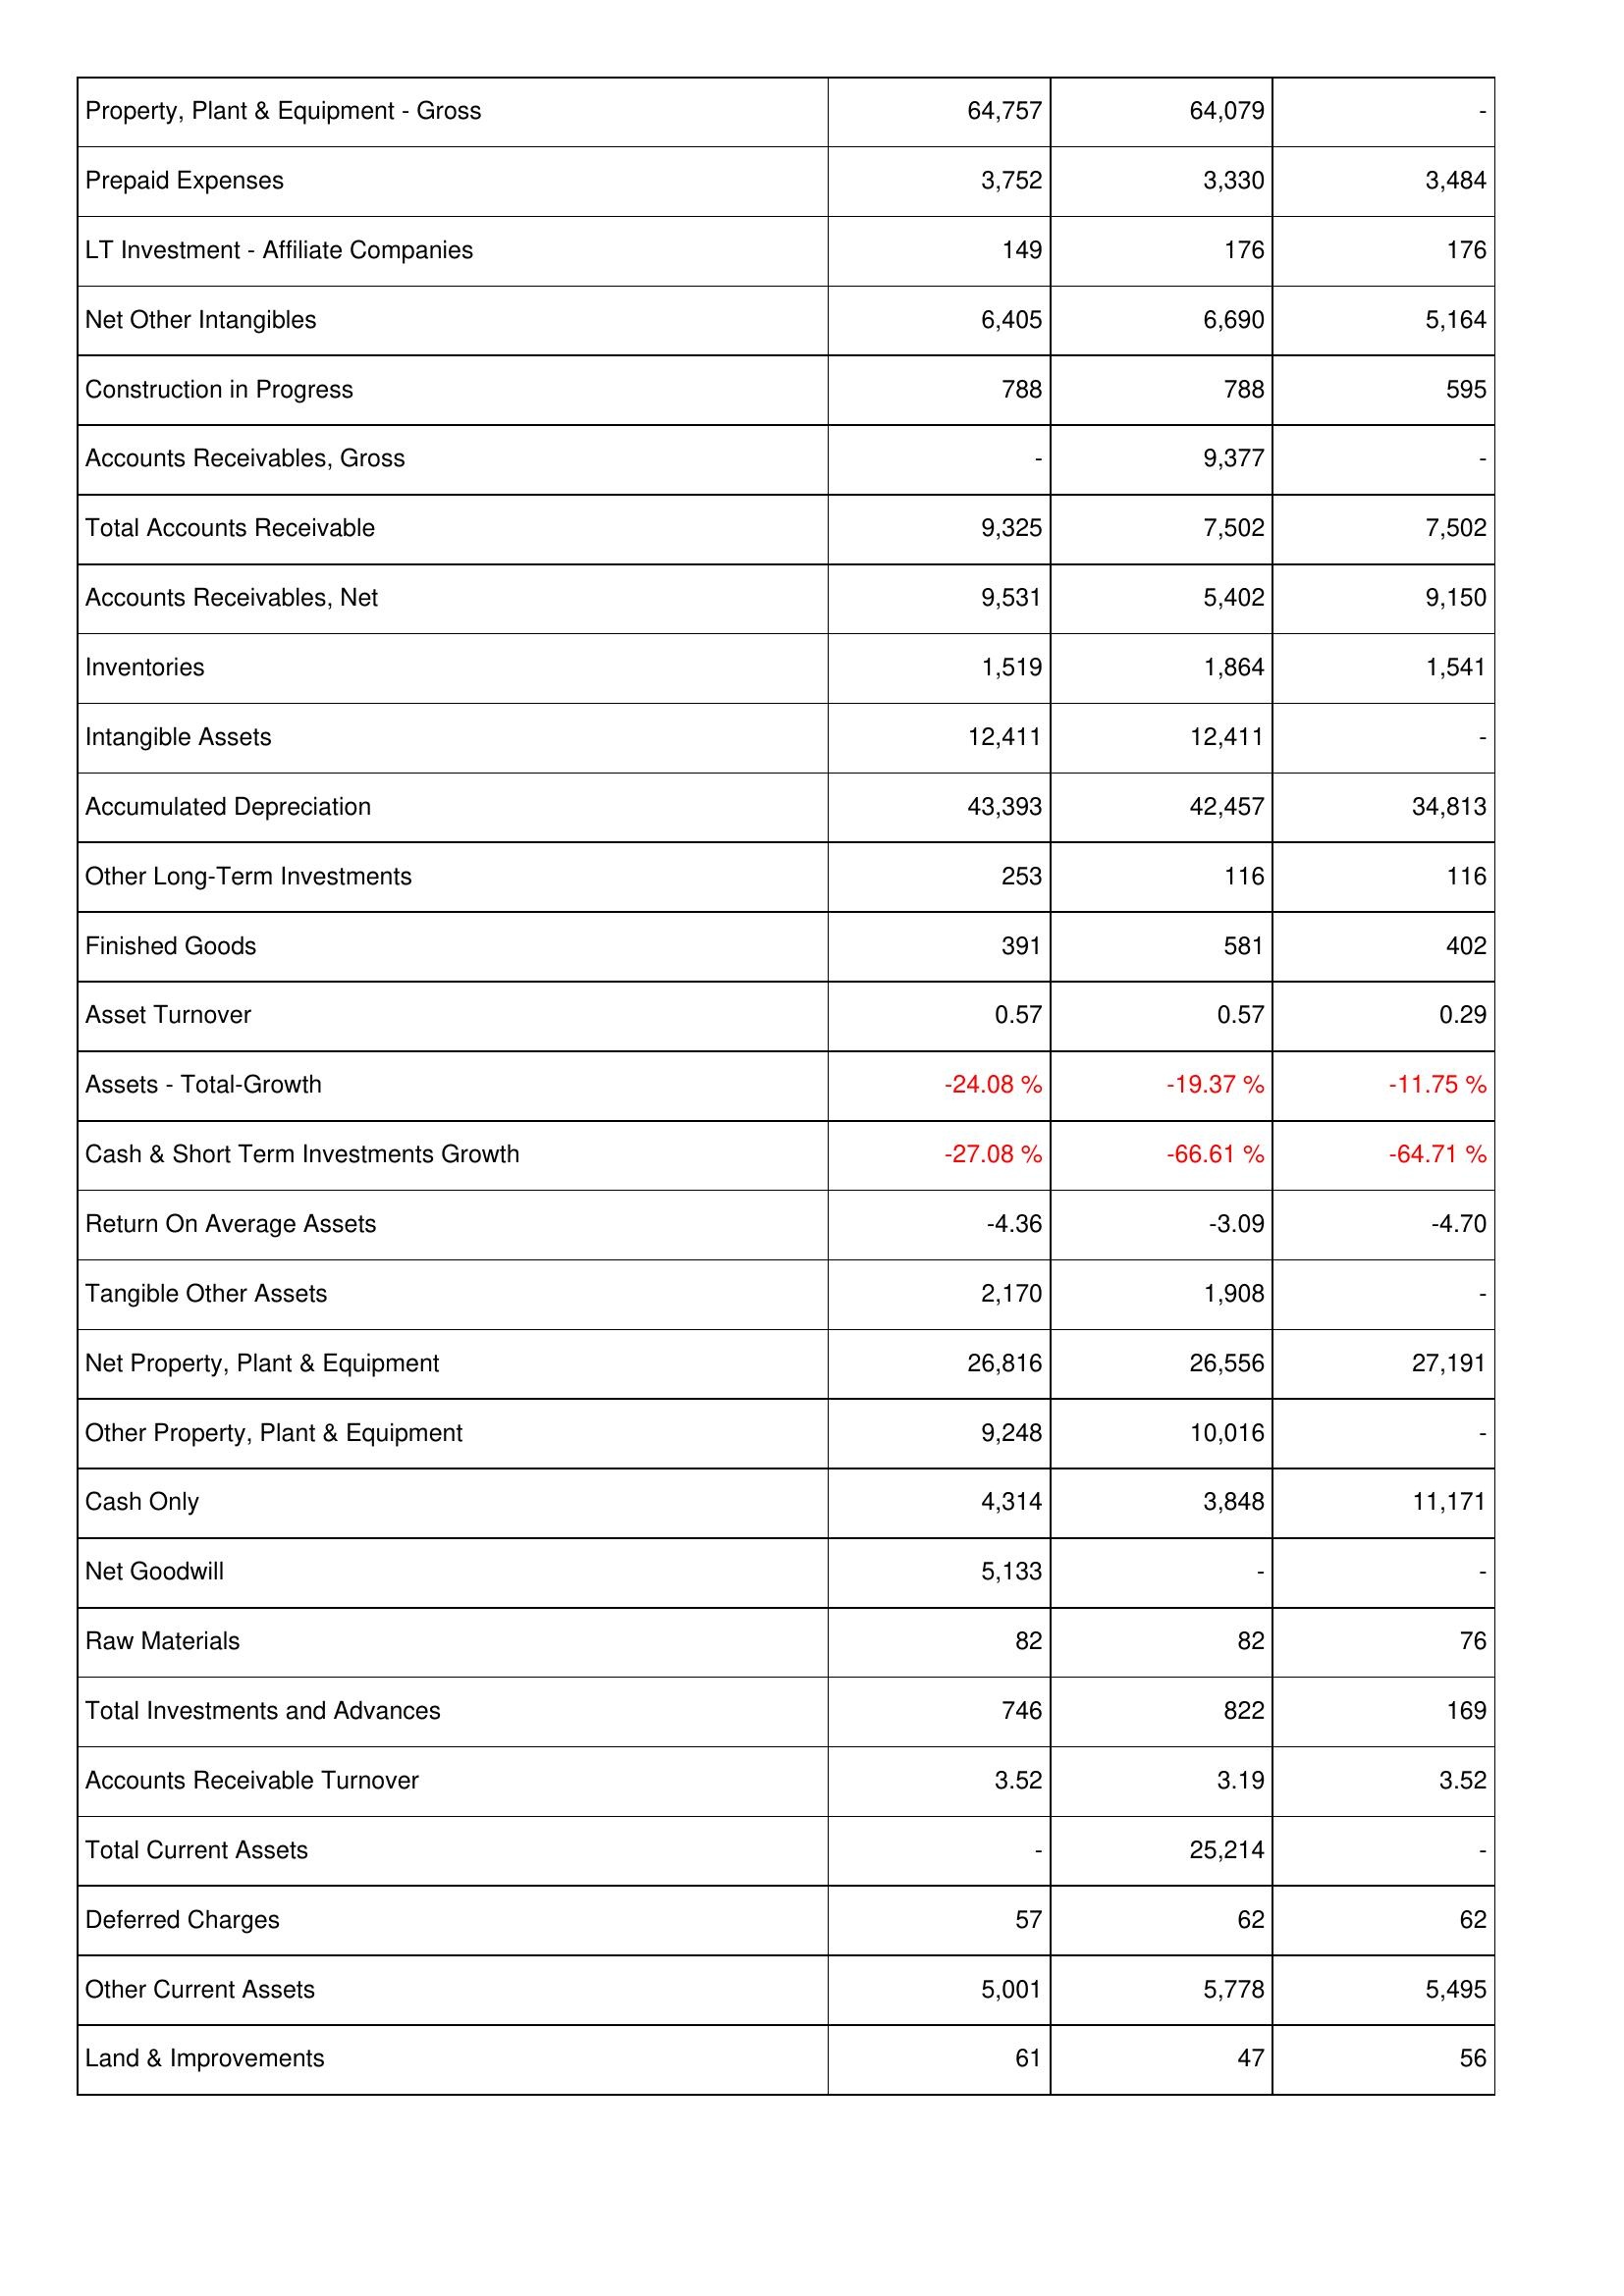
2014: Assets: Property, Plant & Equipment - Gross: 64,757
Prepaid Expenses: 3,752
LT Investment - Affiliate Companies: 149
Net Other Intangibles: 6,405
Construction in Progress: 788
Accounts Receivables, Gross: -
Total Accounts Receivable: 9,325
Accounts Receivables, Net: 9,531
Inventories: 1,519
Intangible Assets: 12,411
Accumulated Depreciation: 43,393
Other Long-Term Investments: 253
Finished Goods: 391
Asset Turnover: 0.57
Assets - Total-Growth: -24.08 %
Cash & Short Term Investments Growth: -27.08 %
Return On Average Assets: -4.36
Tangible Other Assets: 2,170
Net Property, Plant & Equipment: 26,816
Other Property, Plant & Equipment: 9,248
Cash Only: 4,314
Net Goodwill: 5,133
Raw Materials: 82
Total Investments and Advances: 746
Accounts Receivable Turnover: 3.52
Total Current Assets: -
Deferred Charges: 57
Other Current Assets: 5,001
Land & Improvements: 61
2013: Assets: Property, Plant & Equipment - Gross: 64,079
Prepaid Expenses: 3,330
LT Investment - Affiliate Companies: 176
Net Other Intangibles: 6,690
Construction in Progress: 788
Accounts Receivables, Gross: 9,377
Total Accounts Receivable: 7,502
Accounts Receivables, Net: 5,402
Inventories: 1,864
Intangible Assets: 12,411
Accumulated Depreciation: 42,457
Other Long-Term Investments: 116
Finished Goods: 581
Asset Turnover: 0.57
Assets - Total-Growth: -19.37 %
Cash & Short Term Investments Growth: -66.61 %
Return On Average Assets: -3.09
Tangible Other Assets: 1,908
Net Property, Plant & Equipment: 26,556
Other Property, Plant & Equipment: 10,016
Cash Only: 3,848
Net Goodwill: -
Raw Materials: 82
Total Investments and Advances: 822
Accounts Receivable Turnover: 3.19
Total Current Assets: 25,214
Deferred Charges: 62
Other Current Assets: 5,778
Land & Improvements: 47
2012: Assets: Property, Plant & Equipment - Gross: -
Prepaid Expenses: 3,484
LT Investment - Affiliate Companies: 176
Net Other Intangibles: 5,164
Construction in Progress: 595
Accounts Receivables, Gross: -
Total Accounts Receivable: 7,502
Accounts Receivables, Net: 9,150
Inventories: 1,541
Intangible Assets: -
Accumulated Depreciation: 34,813
Other Long-Term Investments: 116
Finished Goods: 402
Asset Turnover: 0.29
Assets - Total-Growth: -11.75 %
Cash & Short Term Investments Growth: -64.71 %
Return On Average Assets: -4.70
Tangible Other Assets: -
Net Property, Plant & Equipment: 27,191
Other Property, Plant & Equipment: -
Cash Only: 11,171
Net Goodwill: -
Raw Materials: 76
Total Investments and Advances: 169
Accounts Receivable Turnover: 3.52
Total Current Assets: -
Deferred Charges: 62
Other Current Assets: 5,495
Land & Improvements: 56